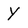
Character: Y